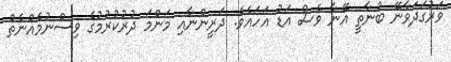
ވަރުގަދަވާނޭ ބުނާތީ އޭނާ ވެސް އަޑު އަހައެވެ. ދަރީންނާއި މަންމަ ދުރުކުރުމުގެ ވިސްނުމެއްނެތް